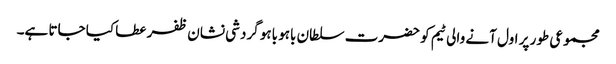
مجموعی طور پر اول آنے والی ٹیم کو حضرت سلطان باہو باہو گردشی نشان ظفر عطا کیا جاتا ہے۔